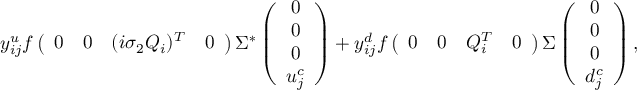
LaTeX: y _ { i j } ^ { u } f \left( { \begin{array} { c c c c } { { 0 } } & { { 0 } } & { { ( i \sigma _ { 2 } Q _ { i } ) ^ { T } } } & { { 0 } } \end{array} } \right) \Sigma ^ { * } \left( \begin{array} { c } { { 0 } } \\ { { 0 } } \\ { { 0 } } \\ { { u _ { j } ^ { c } } } \end{array} \right) + y _ { i j } ^ { d } f \left( { \begin{array} { c c c c } { { 0 } } & { { 0 } } & { { Q _ { i } ^ { T } } } & { { 0 } } \end{array} } \right) \Sigma \left( \begin{array} { c } { { 0 } } \\ { { 0 } } \\ { { 0 } } \\ { { d _ { j } ^ { c } } } \end{array} \right) ,